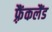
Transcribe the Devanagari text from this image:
फ़्रैंकलैंड